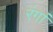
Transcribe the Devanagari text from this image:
रंगां